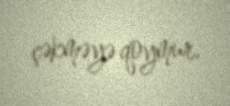
çəkməyə qoymur.